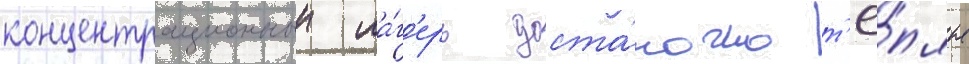
концентрационныи ла́г'ерь доста́точно т'ё́плые